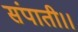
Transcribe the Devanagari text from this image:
संपाती।।